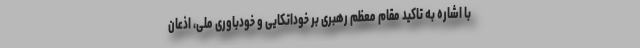
با اشاره به تاکید مقام معظم رهبری بر خوداتکایی و خودباوری ملی، اذعان